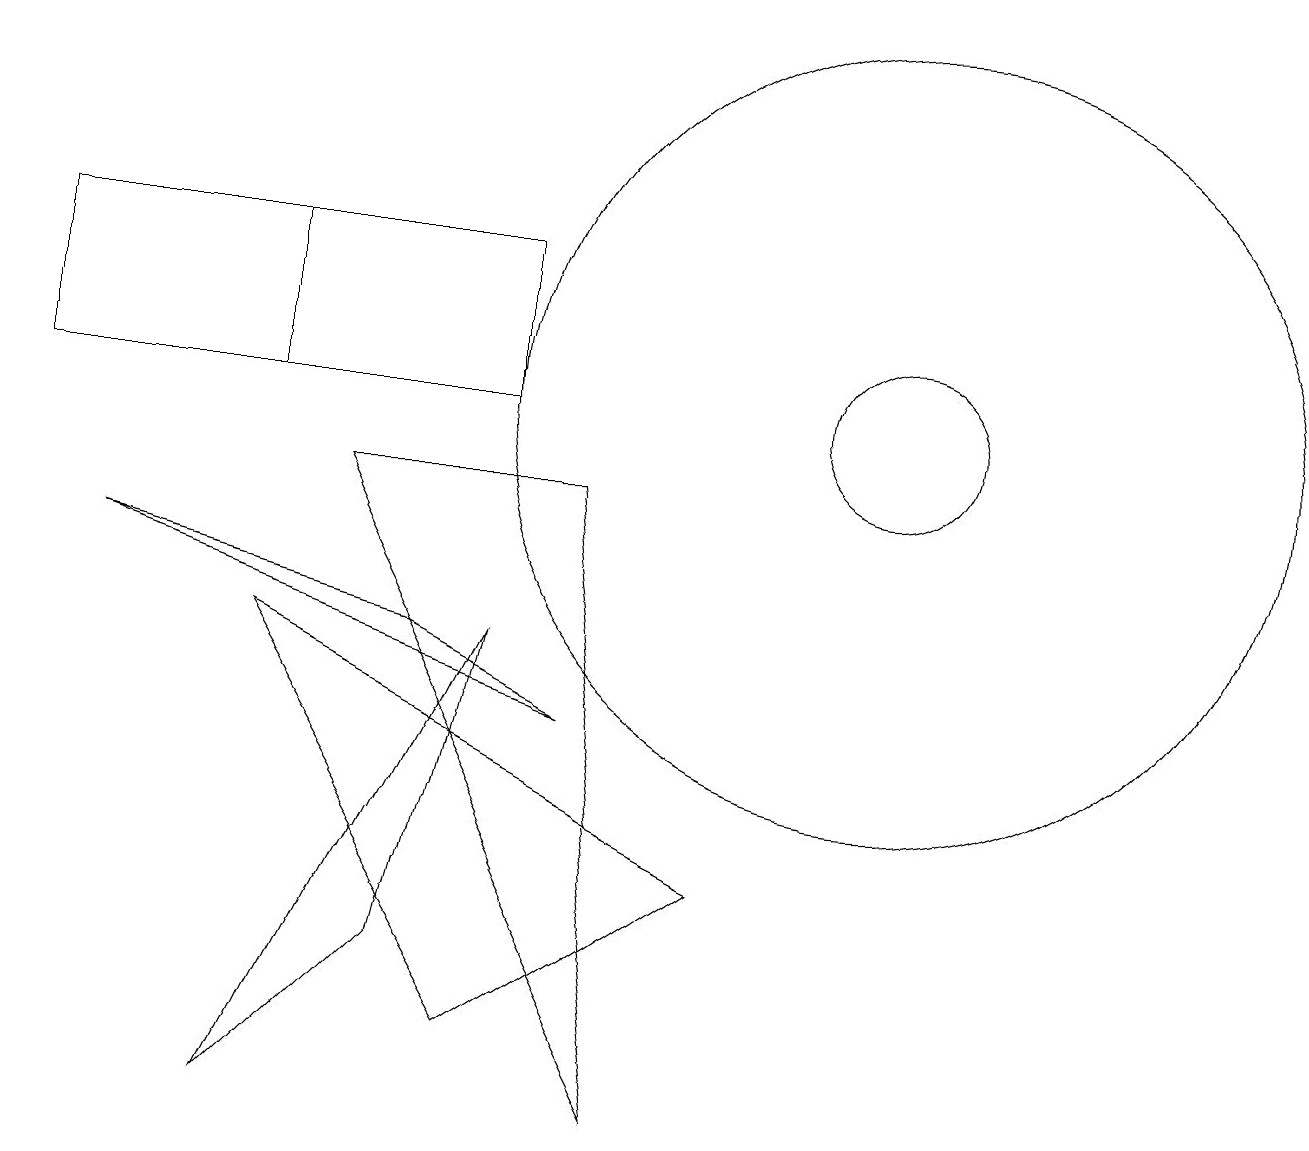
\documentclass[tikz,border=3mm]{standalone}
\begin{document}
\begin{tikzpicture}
\draw (5,7) -- (1,8) -- (7,6) -- cycle;
\draw (3,12) rectangle (0,10);
\draw (11,10) circle (1);
\draw (11,10) circle (5);
\draw (8,1) -- (4,9) -- (7,9) -- cycle;
\draw (9,4) -- (6,2) -- (3,7) -- cycle;
\draw (6,12) rectangle (0,10);
\draw (5,3) -- (3,1) -- (6,7) -- cycle;
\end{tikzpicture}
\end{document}